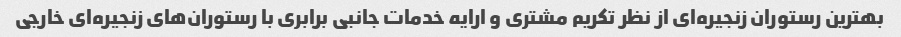
بهترین رستوران زنجیره‌ای از نظر تکریم مشتری و ارایه خدمات جانبی برابری با رستوران‌های زنجیره‌ای خارجی